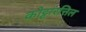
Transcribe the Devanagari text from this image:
कोट्टारत्तिल